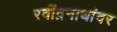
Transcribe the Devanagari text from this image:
रवींद्रनाथांवर